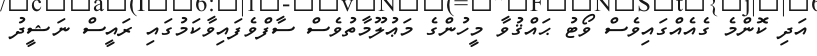
އަދި ކޮންމެ ގެއެއްގައިވެސް ވޯޓު ޙައްޤުވާ މީހުންގެ މަޢުލޫމާތުވެސް ސާފްވެފައިވާކަމުގައި ރައީސް ނަޝީދު